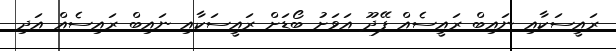
ރައީސަކާއި ނައިބް ރައީސެއް ފޭދޫ އަވަށު ބޯޑަށް ރައީސަކާއި ނައިބް ރައިސެއް އަދި